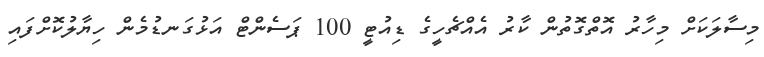
މިސާލަކަށް މިހާރު އޮތްގޮތުން ކާރު އެއްޗެހީގެ ޑިއުޓީ 100 ޕަސެންޓް އަޅުގަނޑުމެން ހިޔާލުކޮށްފައި